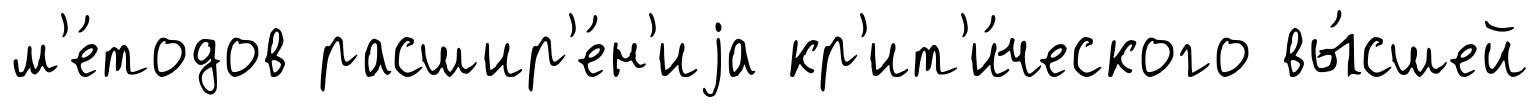
м'е́тодов расшир'е́н'иjа кр'ит'и́ческого вы́сшей